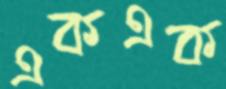
একএক